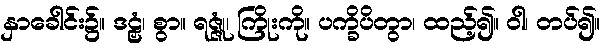
နှာခေါင်း၌။ ဒဠှံ၊ စွာ။ ရဇ္ဇုံ၊ ကြိုးကို။ ပက္ခိပိတွာ၊ ထည့်၍။ ဝါ၊ တပ်၍။